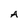
Character: A